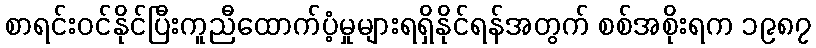
စာရင်းဝင်နိုင်ပြီးကူညီထောက်ပံ့မှုများရရှိနိုင်ရန်အတွက် စစ်အစိုးရက ၁၉၈၇